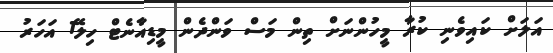
އަލަށް ކައިވެނި ކުރާ މީހުންނަށް ތިން މަސް ވަންދެން މީޑިއާނެޓް ހިލޭ1 އަހަރު